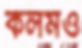
কলমও